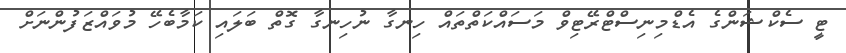
ޓީ ސެކްޝަންގެ އެޑްމިނިސްޓްރޭޓިވް މަސައްކަތްތައް ހިނގާ ނުހިނގާ ގޮތް ބަލައި ކަމާބެހޭ މުވައްޒަފުންނަށް